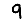
Digit: 9